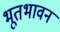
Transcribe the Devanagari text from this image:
भूतभावन